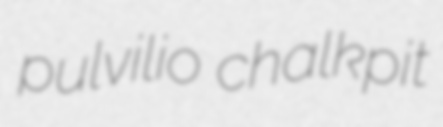
pulvilio chalkpit